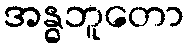
အန္ဓဘူတော